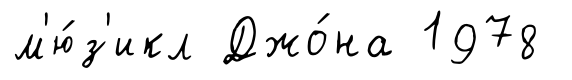
м'ю́з'икл Джо́на 1978